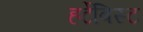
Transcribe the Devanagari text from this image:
हर्टेबिस्ट